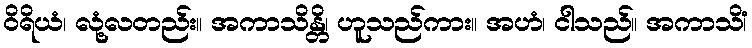
ဝိရိယံ၊ လုံ့လတည်း။ အကာသိန္တိ၊ ဟူသည်ကား။ အဟံ၊ ငါသည်။ အကာသိံ၊